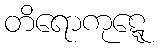
တိရောကုဋ္ဋေ